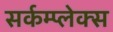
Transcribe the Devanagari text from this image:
सर्कम्प्लेक्स